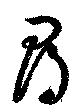
尋